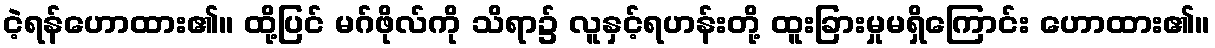
ငဲ့ရန်ဟောထား၏။ ထို့ပြင် မဂ်ဖိုလ်ကို သိရာ၌ လူနှင့်ရဟန်းတို့ ထူးခြားမှုမရှိကြောင်း ဟောထား၏။